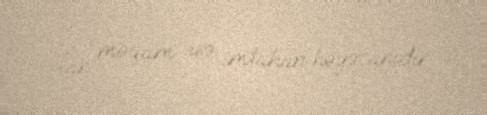
olan məqam isə imtahan həyəcanıdır.